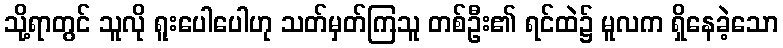
သို့ရာတွင် သူလို ရူးပေါပေါဟု သတ်မှတ်ကြသူ တစ်ဦး၏ ရင်ထဲ၌ မူလက ရှိနေခဲ့သော